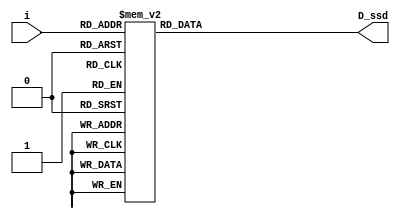
`timescale 1ns / 1ps
//////////////////////////////////////////////////////////////////////////////////
// Company: 
// Engineer: 
// 
// Design Name: 
// Module Name:    SSD_Decoder 
// Project Name: 
// Target Devices: 
// Tool versions: 
// Description: 
//
// Dependencies: 
//
// Revision: 
// Revision 0.01 - File Created
// Additional Comments: 
//
//////////////////////////////////////////////////////////////////////////////////
module SSD_Decoder(
		 D_ssd,
		 i
);

	output reg [14:0]D_ssd;
	input [3:0]i;

always @*
	case(i)
		4'd0: D_ssd=15'b0000_0011_1111_111;
		4'd1: D_ssd=15'b1111_1111_1011_011;
		4'd2: D_ssd=15'b0010_0100_1111_111;
		4'd3: D_ssd=15'b0000_1100_1111_111;
		4'd4: D_ssd=15'b1001_1000_1111_111;
		4'd5: D_ssd=15'b0100_1000_1111_111;
		4'd6: D_ssd=15'b0100_0000_1111_111;
		4'd7: D_ssd=15'b0001_1111_1111_111;
		4'd8: D_ssd=15'b0000_0000_1111_111;
		4'd9: D_ssd=15'b0000_1000_1111_111;
		4'd9: D_ssd=15'b0000_1000_1111_111;
		default: D_ssd=15'b0111_0000_1111_111;
	endcase
endmodule